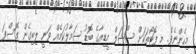
މިހެންނެވެ. މި ފޮޓޯތަކަށް ސޯޝަލް މީޑިއާގެ ބޮޑު ސަމާލުކަމެއް ވަނީ ލިބިގެން ގޮސްފަ